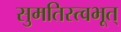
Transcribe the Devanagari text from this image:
सुमतिस्त्वभूत्